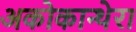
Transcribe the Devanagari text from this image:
अकोकान्थेरा